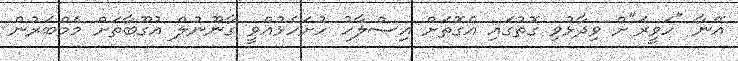
އޭނާ "ހަވީރަ"ށް ވިދާޅުވި ގޮތުގައި އެގޮތަށް އިސްލާހު ހުށަހެޅުއްވީ ގާނޫނުލް އުގޫބާތަށް މެމްބަރުން